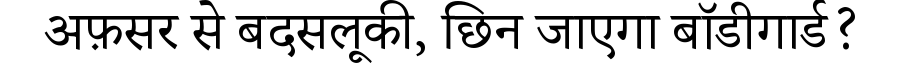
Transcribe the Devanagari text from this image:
अफ़सर से बदसलूकी, छिन जाएगा बॉडीगार्ड?